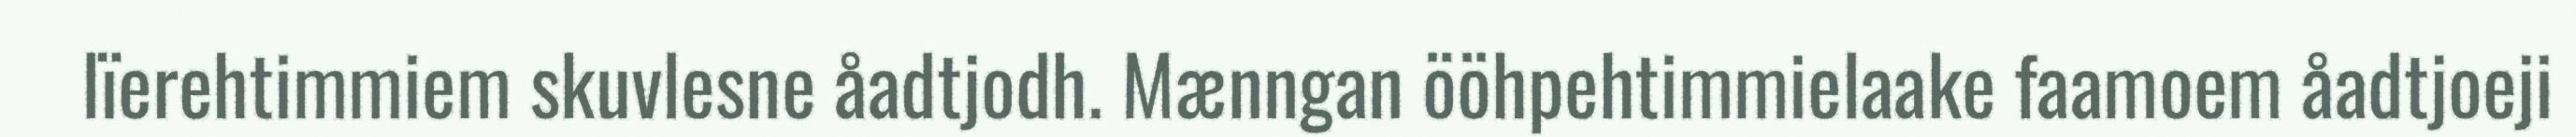
lïerehtimmiem skuvlesne åadtjodh. Mænngan ööhpehtimmielaake faamoem åadtjoeji